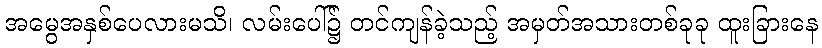
အမွေအနှစ်ပေလားမသိ၊ လမ်းပေါ်၌ တင်ကျန်ခဲ့သည့် အမှတ်အသားတစ်ခုခု ထူးခြားနေ